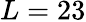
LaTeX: L=23